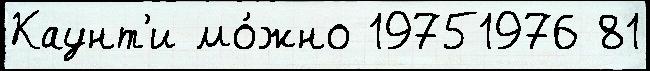
Каунт'и мо́жно 19751976 81